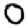
Digit: 0